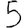
Digit: 5